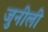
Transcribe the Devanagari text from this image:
जुनीली